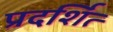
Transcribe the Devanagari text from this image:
प्रदर्शित्‍